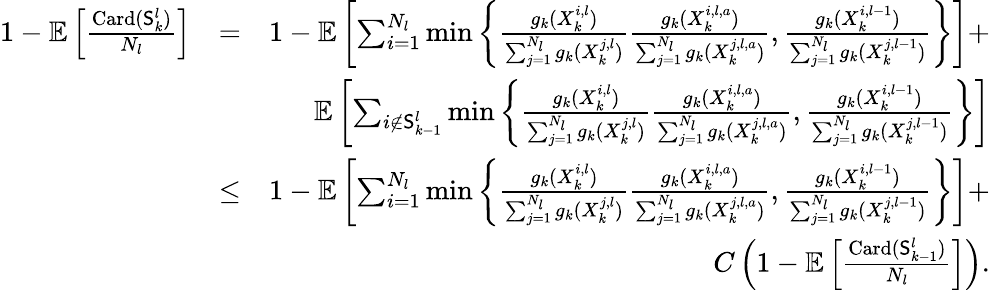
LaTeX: \begin{array}{rlr}{1-\mathbb{E}\left[\frac{\textrm{Card}(\mathsf{S}_{k}^{l})}{N_{l}}\right]}&{=}&{1-\mathbb{E}\left[\sum_{i=1}^{N_{l}}\operatorname*{min}\left\{ \frac{g_{k}(X_{k}^{i,l})}{\sum_{j=1}^{N_{l}}g_{k}(X_{k}^{j,l})}\frac{g_{k}(X_{k}^{i,l,a})}{\sum_{j=1}^{N_{l}}g_{k}(X_{k}^{j,l,a})},\frac{g_{k}(X_{k}^{i,l-1})}{\sum_{j=1}^{N_{l}}g_{k}(X_{k}^{j,l-1})}\right\} \right]+}\\ &{}&{\mathbb{E}\left[\sum_{i\notin\mathsf{S}_{k-1}^{l}}\operatorname*{min}\left\{ \frac{g_{k}(X_{k}^{i,l})}{\sum_{j=1}^{N_{l}}g_{k}(X_{k}^{j,l})}\frac{g_{k}(X_{k}^{i,l,a})}{\sum_{j=1}^{N_{l}}g_{k}(X_{k}^{j,l,a})},\frac{g_{k}(X_{k}^{i,l-1})}{\sum_{j=1}^{N_{l}}g_{k}(X_{k}^{j,l-1})}\right\} \right]}\\ &{\leq}&{1-\mathbb{E}\left[\sum_{i=1}^{N_{l}}\operatorname*{min}\left\{ \frac{g_{k}(X_{k}^{i,l})}{\sum_{j=1}^{N_{l}}g_{k}(X_{k}^{j,l})}\frac{g_{k}(X_{k}^{i,l,a})}{\sum_{j=1}^{N_{l}}g_{k}(X_{k}^{j,l,a})},\frac{g_{k}(X_{k}^{i,l-1})}{\sum_{j=1}^{N_{l}}g_{k}(X_{k}^{j,l-1})}\right\} \right]+}\\ &{}&{C\left(1-\mathbb{E}\left[\frac{\textrm{Card}(\mathsf{S}_{k-1}^{l})}{N_{l}}\right]\right).}\end{array}